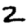
Digit: 2